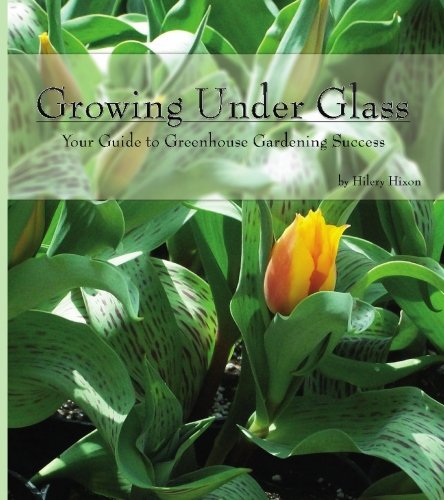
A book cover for Growing Under Glass: Your Guide to Greenhouse Gardening Success; Hilery Hixon; Crafts, Hobbies & Home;